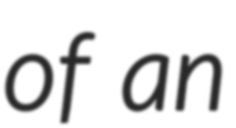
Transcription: of an